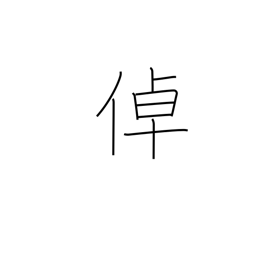
Meaning: remarkable